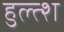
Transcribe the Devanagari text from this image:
हुल्त्श